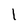
Character: l